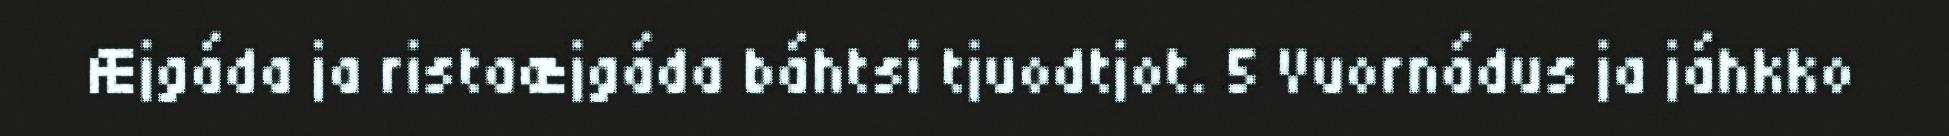
Æjgáda ja ristaæjgáda báhtsi tjuodtjot. 5 Vuornádus ja jáhkko